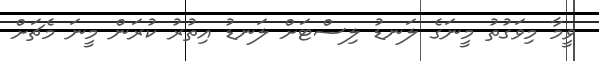
ވީމާ މިވަގުތު މީނަގެ ލަނޑު ލިސްޓަށް ލަނޑު އިތުރު ކުރަން މީނަ މެޗަށް